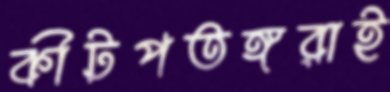
কীটপতঙ্গরাই